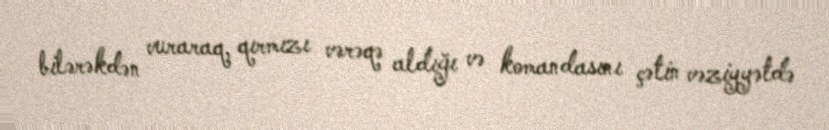
bilərəkdən vuraraq, qırmızı vərəqə aldığı və komandasını çətin vəziyyətdə